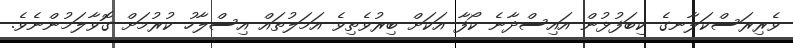
ވެރިރަސްކަލާނގެ ކިބަފުޅުން އައިސްދާނެ ކޯފާ އަކަށް ބިރުވެތިވެ އަމަލުތައް އިސްލާހު ކުރުމަށް ގޮވާލަމުންނެވެ.